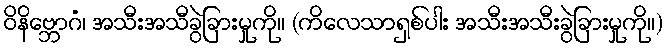
ဝိနိဗ္ဘောဂံ၊ အသီးအသီခွဲခြားမှုကို။ (ကိလေသာရှစ်ပါး အသီးအသီးခွဲခြားမှုကို။)